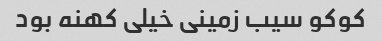
کوکو سیب زمینی خیلی کهنه بود